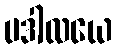
ပဒါလယေ